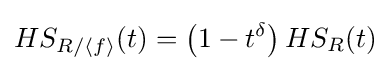
HS_{R/\langle f\rangle }(t)=\left(1-t^{\delta }\right)HS_{R}(t)